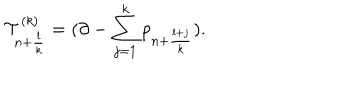
{ \cal T } _ { n + \frac { l } { k } } ^ { ( k ) } = ( \partial - \sum _ { j = 1 } ^ { k } p _ { n + \frac { l + j } { k } } ) .